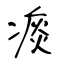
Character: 痰